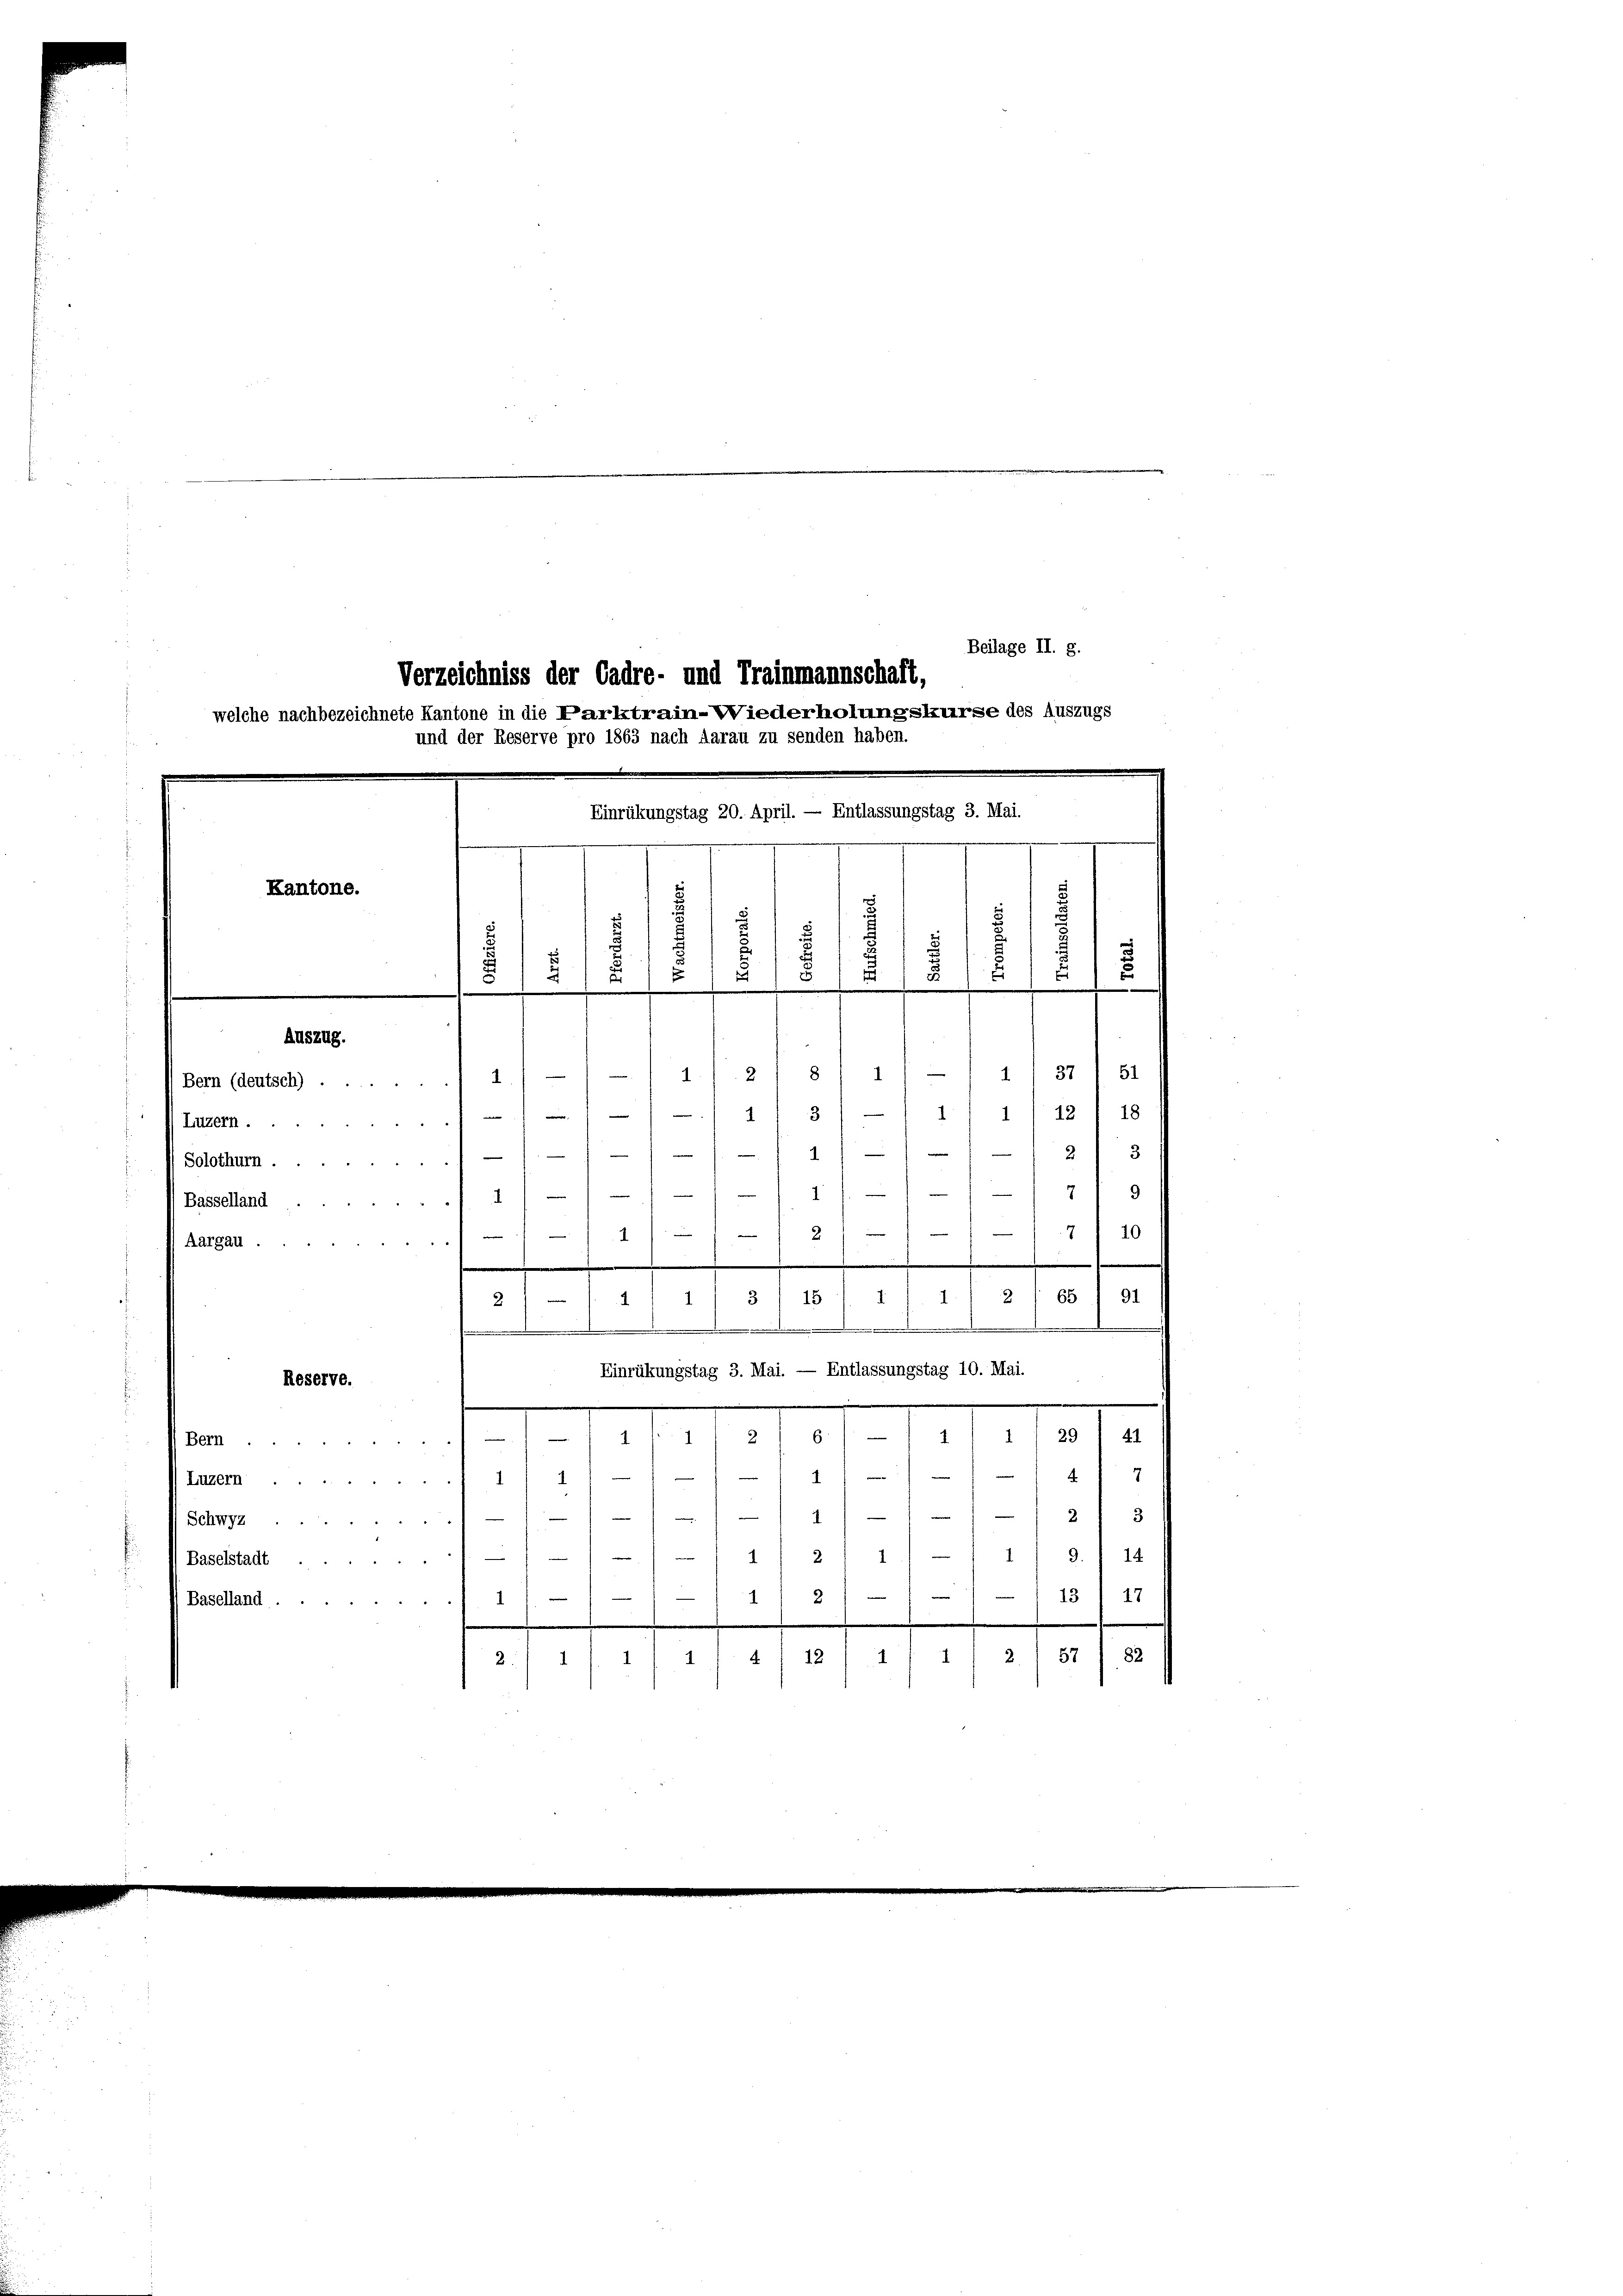
Beilage II. 8.
Verzeichniss der Cadre- und Trainmannschaft,
welche nachbezeichnete Kantone in die Parktrain-Wiederholungskurse des Auszugs
und der Reserve pro 1863 nach darau zu senden haben.
Einrükungstag 20. April. — Entlassungstag 3. Mai.
Kantone.
.

e
Auszug.
/-11/218/1/ -) 11 37 I 51
1
Bern (deutsch) .
 413
11/1/13/ 18
(Luzern.
1 - 12 f 3
) Solothurn.
n

41.
2
Basselland,
e
7/10
2
4

Aargau
.

111. 2165) 31
2/4 111 3/ 18
.
.
Einrükungstag 3. Mai. — Entlassungstag 10. Mai.
Reserve.
 Nota
1707
I
(Bern.

Luzern
 2 1/2 18
Schwyz

e
13. 14
21
Baselstadt
13
—
17
1
2
1
Baselland ...
2. 57 / 82
4 12
1
.
1
2.

.
u
s
i
s
2